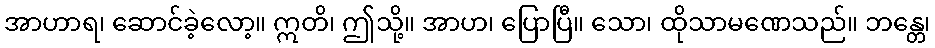
အာဟာရ၊ ဆောင်ခဲ့လော့။ ဣတိ၊ ဤသို့။ အာဟ၊ ပြောပြီ။ သော၊ ထိုသာမဏေသည်။ ဘန္တေ၊